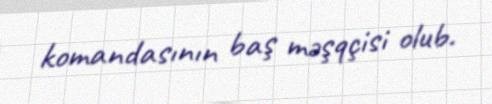
komandasının baş məşqçisi olub.